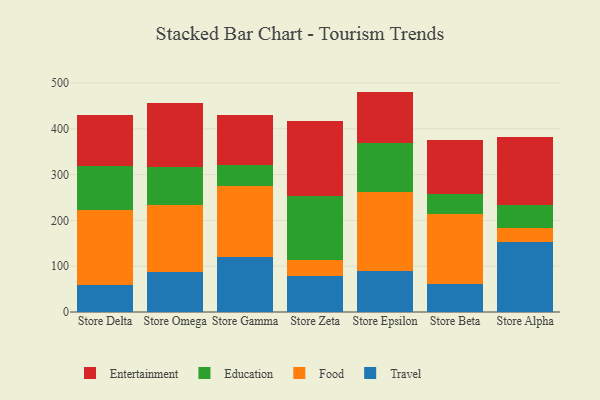
{"axis": {"x": "Store", "y": "Tickets Resolved"}, "legend": ["Education", "Entertainment", "Food", "Travel"], "data": [{"x": "Store Delta", "y": 58.3, "type": "Travel"}, {"x": "Store Delta", "y": 164.6, "type": "Food"}, {"x": "Store Delta", "y": 96.5, "type": "Education"}, {"x": "Store Delta", "y": 111.6, "type": "Entertainment"}, {"x": "Store Omega", "y": 86.8, "type": "Travel"}, {"x": "Store Omega", "y": 146.0, "type": "Food"}, {"x": "Store Omega", "y": 83.0, "type": "Education"}, {"x": "Store Omega", "y": 141.2, "type": "Entertainment"}, {"x": "Store Gamma", "y": 120.9, "type": "Travel"}, {"x": "Store Gamma", "y": 153.1, "type": "Food"}, {"x": "Store Gamma", "y": 47.4, "type": "Education"}, {"x": "Store Gamma", "y": 108.7, "type": "Entertainment"}, {"x": "Store Zeta", "y": 79.2, "type": "Travel"}, {"x": "Store Zeta", "y": 34.1, "type": "Food"}, {"x": "Store Zeta", "y": 140.0, "type": "Education"}, {"x": "Store Zeta", "y": 164.2, "type": "Entertainment"}, {"x": "Store Epsilon", "y": 88.8, "type": "Travel"}, {"x": "Store Epsilon", "y": 173.7, "type": "Food"}, {"x": "Store Epsilon", "y": 105.4, "type": "Education"}, {"x": "Store Epsilon", "y": 113.1, "type": "Entertainment"}, {"x": "Store Beta", "y": 62.0, "type": "Travel"}, {"x": "Store Beta", "y": 152.0, "type": "Food"}, {"x": "Store Beta", "y": 43.4, "type": "Education"}, {"x": "Store Beta", "y": 118.6, "type": "Entertainment"}, {"x": "Store Alpha", "y": 152.9, "type": "Travel"}, {"x": "Store Alpha", "y": 30.9, "type": "Food"}, {"x": "Store Alpha", "y": 49.2, "type": "Education"}, {"x": "Store Alpha", "y": 149.1, "type": "Entertainment"}]}